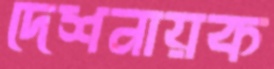
দেশনায়ক